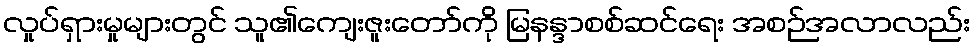
လှုပ်ရှားမှုများတွင် သူ၏ကျေးဇူးတော်ကို မြနန္ဒာစစ်ဆင်ရေး အစဉ်အလာလည်း